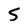
Character: S